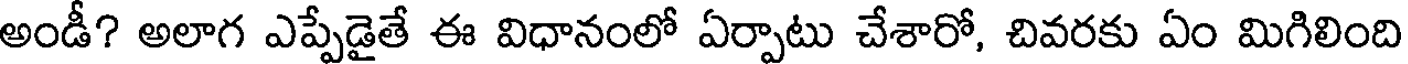
అండీ? అలాగ ఎప్పేడైతే ఈ విధానంలో ఏర్పాటు చేశారో, చివరకు ఏం మిగిలింది